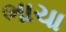
ભાચા